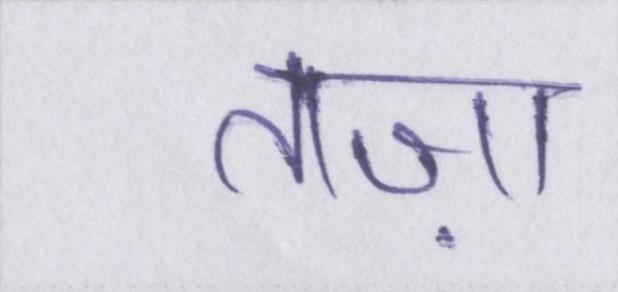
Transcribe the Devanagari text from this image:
ताज़ा